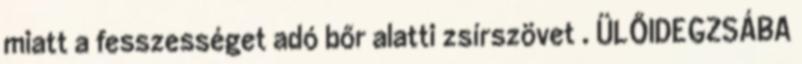
miatt a fesszességet adó bőr alatti zsírszövet . ÜLŐIDEGZSÁBA